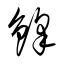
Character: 鋒